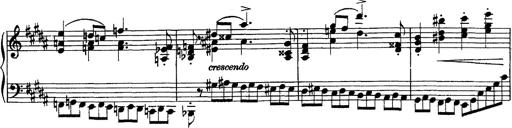
Title: Piano Sonata
Composer: Karl HÃ¤ssler
Key: C major